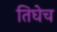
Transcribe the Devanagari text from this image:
तिघेच